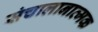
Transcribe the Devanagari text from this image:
संचालानात्मक